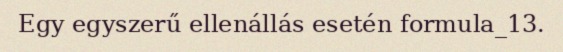
Egy egyszerű ellenállás esetén formula_13.